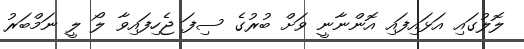
ލޮލުގައި އަޅައިފައި އޮންނާނީ ވަށް ބުރުގެ ސިފަ ޖެހިފައިވާ ލޯ ލީ ނަމްބަރު